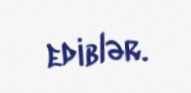
ediblər.